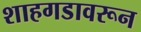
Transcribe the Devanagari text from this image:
शाहगडावरून